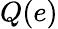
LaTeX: Q(e)